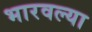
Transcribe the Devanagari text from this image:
भारवल्या